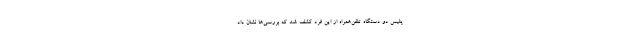
پلیس دو دستگاه تلفن‌همراه از این فرد کشف شد که بررسی‌ها نشان داد